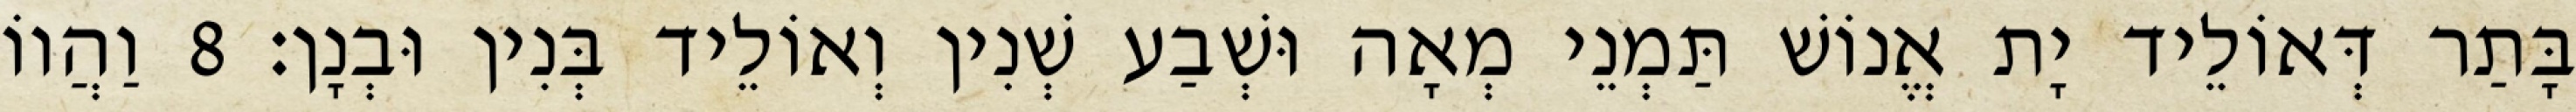
בָּתַר דְּאוֹלֵיד יָת אֱנוֹשׁ תַּמְנֵי מְאָה וּשְׁבַע שְׁנִין וְאוֹלֵיד בְּנִין וּבְנָן׃ 8 וַהֲווֹ